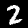
Digit: 2